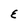
Character: E